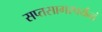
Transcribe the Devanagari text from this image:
सप्तसागरपर्यन्तं